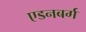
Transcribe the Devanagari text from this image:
एडनबर्ग